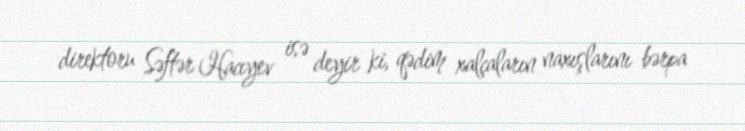
direktoru Səftər Hacıyev isə deyir ki, qədim xalçaların naxışlarını bərpa